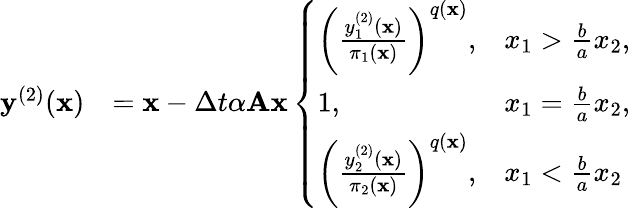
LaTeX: \begin{array}{rl}{\mathbf y^{(2)}(\mathbf x)}&{=\mathbf x-\Delta t\alpha\mathbf A\mathbf x\left\{ \begin{array}{ll}{\left(\frac{y_{1}^{(2)}(\mathbf x)}{\pi_{1}(\mathbf x)}\right)^{q(\mathbf x)},}&{x_{1}>\frac{b}{a}x_{2},}\\ {1,}&{x_{1}=\frac{b}{a}x_{2},}\\ {\left(\frac{y_{2}^{(2)}(\mathbf x)}{\pi_{2}(\mathbf x)}\right)^{q(\mathbf x)},}&{x_{1}<\frac{b}{a}x_{2}}\end{array}\right.}\end{array}